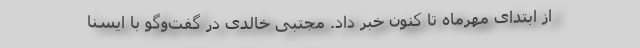
از ابتدای مهرماه تا کنون خبر داد. مجتبی خالدی در گفت‌وگو با ایسنا